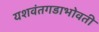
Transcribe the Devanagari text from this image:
यशवंतगडाभोवती